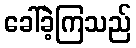
ခေါ်ခဲ့ကြသည်